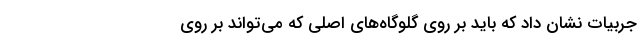
جربیات نشان داد که باید بر روی گلوگاه‌های اصلی که می‌تواند بر روی